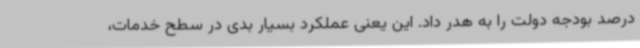
درصد بودجه دولت را به هدر داد. این یعنی عملکرد بسیار بدی در سطح خدمات،